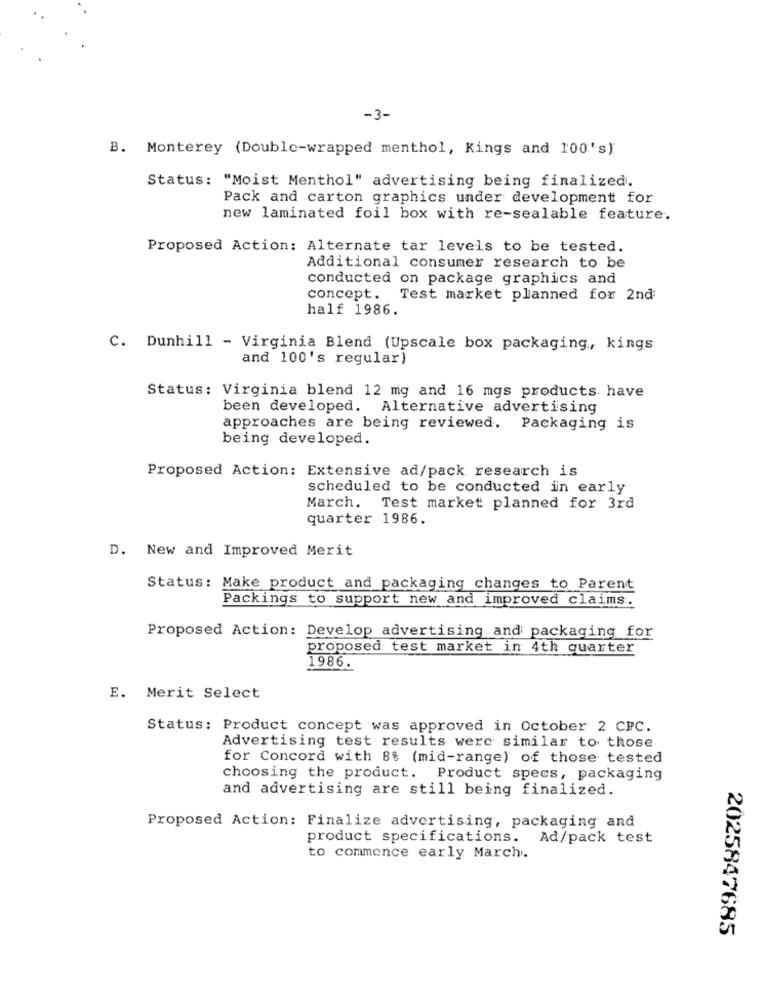
-3-
B. Monterey (Double-wrapped menthol, Kings and 100's)
Status: "Moist Menthol" advertising being finalized.
Pack and carton graphics under development for
new laminated foil box with re-sealable feature.
Proposed Action: Alternate tar levels to be tested.
Additional consumer research to be
conducted on package graphics and
concept. Test market planned for 2nd
half 1986.
C. Dunhill - Virginia Blend (Upscale box packaging, kings
and 100's regular)
Status: Virginia blend 12 mg and 16 mgs products have
been developed. Alternative advertising
approaches are being reviewed. Packaging is
being developed.
Proposed Action: Extensive ad/pack research is
scheduled to be conducted in early
March. Test market planned for 3rd
quarter 1986.
D. New and Improved Merit
Status: Make product and packaging changes to Parent
Packings to support new and improved claims.
Proposed Action: Develop advertising and packaging for
proposed test market in 4th quarter
1986
E. Merit Select
Status: Product concept was approved in October 2 CPC.
Advertising test results were similar to those
for Concord with 8% (mid-range) of those tested
choosing the product. Product specs, packaging
and advertising are still being finalized.
Proposed Action: Finalize advertising, packaging and
product specifications. Ad/pack test
to commence early March.
2025847685